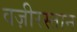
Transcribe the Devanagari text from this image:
वज़ीरस्तान